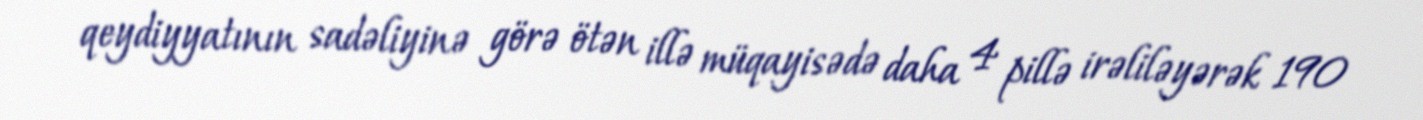
qeydiyyatının sadəliyinə görə ötən illə müqayisədə daha 4 pillə irəliləyərək 190